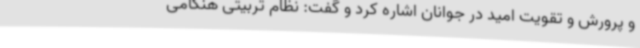
و پرورش و تقویت امید در جوانان اشاره کرد و گفت: نظام تربیتی هنگامی